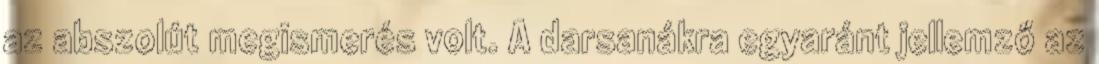
az abszolút megismerés volt. A darsanákra egyaránt jellemző az